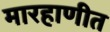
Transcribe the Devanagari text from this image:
मारहाणीत